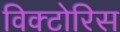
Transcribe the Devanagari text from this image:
विक्टोरिस